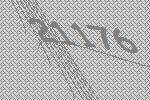
21176